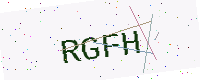
Text: RGFH